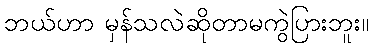
ဘယ်ဟာ မှန်သလဲဆိုတာမကွဲပြားဘူး။